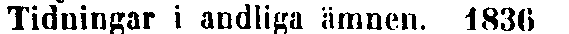
Tidningar i andliga ämnen. 1836 .